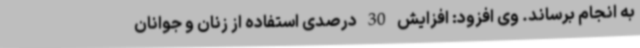
به انجام برساند. وی افزود: افزایش 30 درصدی استفاده از زنان و جوانان